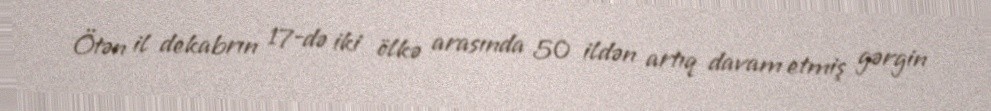
Ötən il dekabrın 17-də iki ölkə arasında 50 ildən artıq davam etmiş gərgin